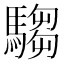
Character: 騶